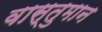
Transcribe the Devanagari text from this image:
वास्तुमान